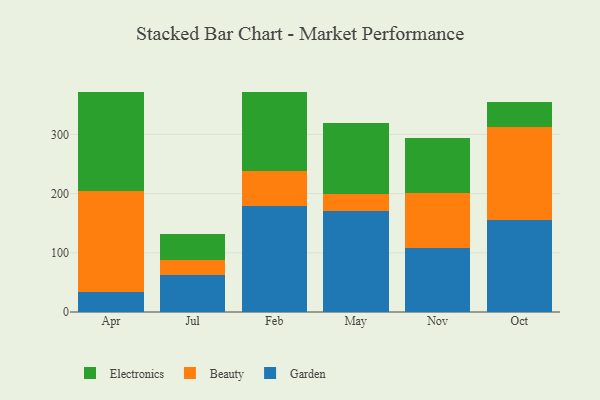
{"axis": {"x": "Month", "y": "Temperature (°C)"}, "legend": ["Beauty", "Electronics", "Garden"], "data": [{"x": "Apr", "y": 34.1, "type": "Garden"}, {"x": "Apr", "y": 169.5, "type": "Beauty"}, {"x": "Apr", "y": 168.4, "type": "Electronics"}, {"x": "Jul", "y": 63.3, "type": "Garden"}, {"x": "Jul", "y": 24.5, "type": "Beauty"}, {"x": "Jul", "y": 44.0, "type": "Electronics"}, {"x": "Feb", "y": 178.8, "type": "Garden"}, {"x": "Feb", "y": 59.2, "type": "Beauty"}, {"x": "Feb", "y": 134.3, "type": "Electronics"}, {"x": "May", "y": 170.0, "type": "Garden"}, {"x": "May", "y": 29.7, "type": "Beauty"}, {"x": "May", "y": 119.2, "type": "Electronics"}, {"x": "Nov", "y": 108.1, "type": "Garden"}, {"x": "Nov", "y": 92.2, "type": "Beauty"}, {"x": "Nov", "y": 93.4, "type": "Electronics"}, {"x": "Oct", "y": 155.7, "type": "Garden"}, {"x": "Oct", "y": 156.4, "type": "Beauty"}, {"x": "Oct", "y": 42.3, "type": "Electronics"}]}